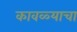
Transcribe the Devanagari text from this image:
कावळ्याचा